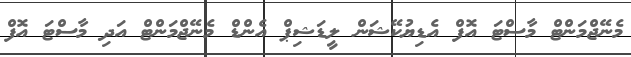
މެނޭޖްމަންޓް މާސްޓަ އޮފް އެޑިޔުކޭޝަން ލީޑަޝިޕް އެންޑް މެނޭޖްމަންޓް އަދި މާސްޓަ އޮފް